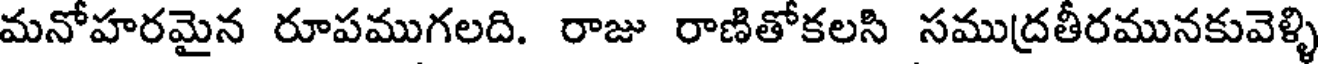
మనోహరమైన రూపముగలది. రాజు రాణితోకలసి సముద్రతీరమునకువెళ్ళి